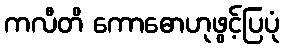
ကလီတိ ကောဓောဟုဖွင့်ပြပုံ